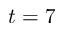
t = 7